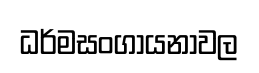
ධර්මසංගායනාවල